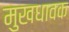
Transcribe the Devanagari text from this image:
मुखधावक